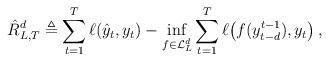
LaTeX: \begin{align*}\hat R_{L,T}^d \triangleq \sum_{t=1}^T \ell(\hat y_t,y_t) - \inf_{f \in \mathcal{L}_L^d} \sum_{t=1}^T \ell\big(f(y_{t-d}^{t-1}),y_t\big) \,,\end{align*}